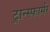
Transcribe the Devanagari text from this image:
ट्रान्स्फार्मर